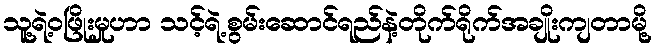
သူ့ရဲ့ဝဖြိုးမှုဟာ သင့်ရဲ့စွမ်းဆောင်ရည်နဲ့တိုက်ရိုက်အချိုးကျတာမို့